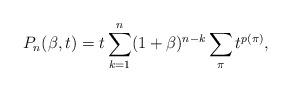
LaTeX: \begin{gather*}P_n(\beta,t)= t \sum_{k=1}^{n} (1+\beta)^{n-k} \sum_{\pi} t^{p(\pi)},\end{gather*}